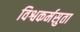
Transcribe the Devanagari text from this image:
विश्वकर्मसुता